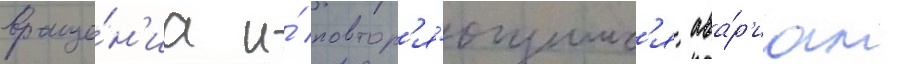
враще́н'иа и́ повтор'я́ющимс'я ава́р'иам